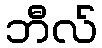
ဘီလ်